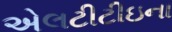
એલટીટીઇના